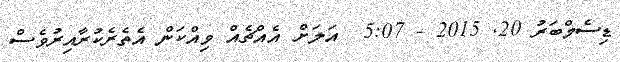
ޑިސެމްބަރު 20